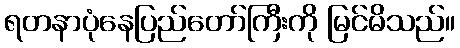
ရတနာပုံနေပြည်တော်ကြီးကို မြင်မိသည်။